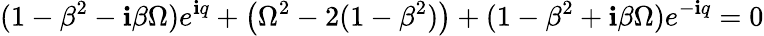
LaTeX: (1-\beta^{2}-\textbf{i}\beta\Omega)e^{\textbf{i}q}+\left(\Omega^{2}-2(1-\beta^{2})\right)+(1-\beta^{2}+\textbf{i}\beta\Omega)e^{-\textbf{i}q}=0